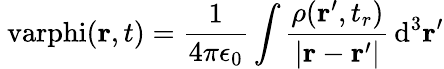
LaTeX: \mathrm{\ varphi}(\mathbf{r},t)={\frac{1}{4\pi\epsilon_{0}}}\int{\frac{\rho(\mathbf{r}^{\prime},t_{r})}{|\mathbf{r}-\mathbf{r}^{\prime}|}}\, \mathrm{d}^{3}\mathbf{r}^{\prime}